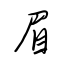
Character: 眉